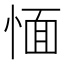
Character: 愐